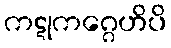
ကဋုကဂ္ဂေဟိပိ